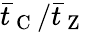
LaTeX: \bar{t}_{\mathrm{~C~}}/\bar{t}_{\mathrm{~Z~}}